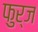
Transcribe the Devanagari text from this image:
फुर्ज